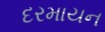
દરમાયન